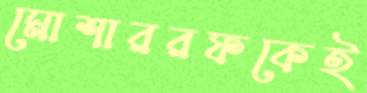
মোশাররফকেই